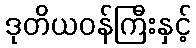
ဒုတိယဝန်ကြီးနှင့်